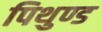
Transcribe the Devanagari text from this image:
पिथुण्ड